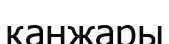
қанжары